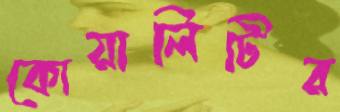
কোয়ালিটির